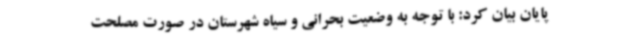
پایان بیان کرد: با توجه به وضعیت بحرانی و سیاه شهرستان در صورت مصلحت